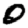
Digit: 0